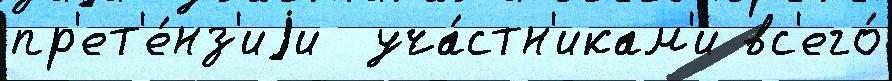
пр'ет'е́нз'иjи  уча́стн'икам'и вс'его́